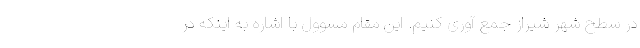
در سطح شهر شیراز جمع آوری کنیم. این مقام مسوول با اشاره به اینکه در